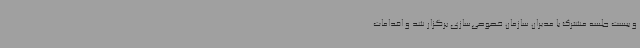
و بیست جلسه مشترک با مدیران سازمان خصوصی‌سازی برگزار شد و اقدامات